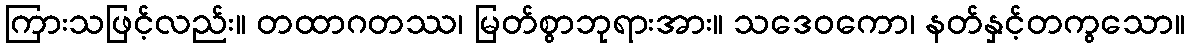
ကြားသဖြင့်လည်း။ တထာဂတဿ၊ မြတ်စွာဘုရားအား။ သဒေဝကော၊ နတ်နှင့်တကွသော။